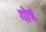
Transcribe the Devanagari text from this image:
गोत्रं